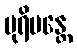
ပုရိမန္တေ